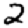
Digit: 2